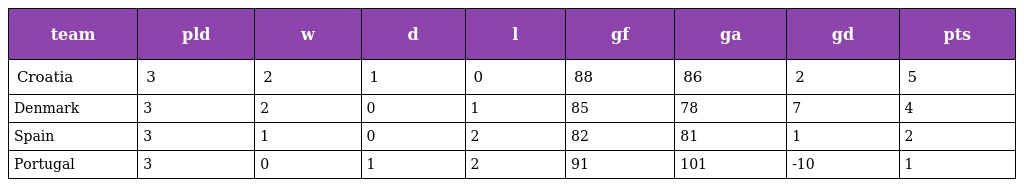
| team | pld | w | d | l | gf | ga | gd | pts |
 | --- | --- | --- | --- | --- | --- | --- | --- | --- |
 | Croatia | 3 | 2 | 1 | 0 | 88 | 86 | 2 | 5 |
 | Denmark | 3 | 2 | 0 | 1 | 85 | 78 | 7 | 4 |
 | Spain | 3 | 1 | 0 | 2 | 82 | 81 | 1 | 2 |
 | Portugal | 3 | 0 | 1 | 2 | 91 | 101 | -10 | 1 |